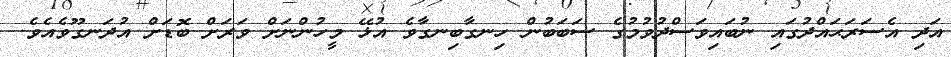
އަދި އެސަރަޙައްދުގައި ނުބައިވަސްދުވުމުގެ ސަބަބުން ހިނގާބިނގާވެ އުޅޭ މީހުންނަށް ވަރަށް ބޮޑަށް އުދަނގޫވެއެވެ.